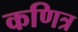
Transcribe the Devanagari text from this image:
कणित्र